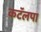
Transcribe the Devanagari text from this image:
कटॅलपा